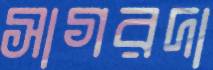
সাগরদা